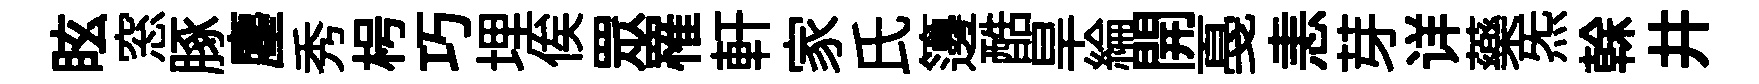
眩窓䐁麈秀枵巧埋俟眾罹軒家氏籩酷旱綸開戞恚芽详藥炁𠏉井